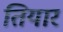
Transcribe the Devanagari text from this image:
तियार